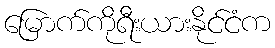
မြောက်ကိုရီးယားနိုင်ငံက